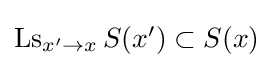
{\textstyle \mathop {\mathrm {Ls} } _{x'\to x}S(x')\subset S(x)}